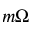
m \Omega